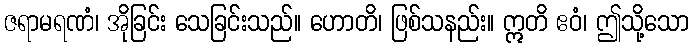
ဇရာမရဏံ၊ အိုခြင်း သေခြင်းသည်။ ဟောတိ၊ ဖြစ်သနည်း။ ဣတိ ဧဝံ၊ ဤသို့သော